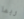
ربما